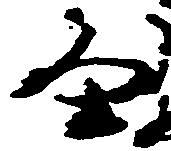
畠